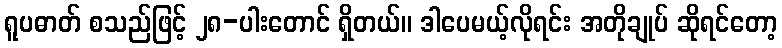
ရူပဓာတ် စသည်ဖြင့် ၂၈-ပါးတောင် ရှိတယ်။ ဒါပေမယ့်လိုရင်း အတိုချုပ် ဆိုရင်တော့